Leaving Certificate Examination (including Day School Certificate (Higher) General paper), 1933
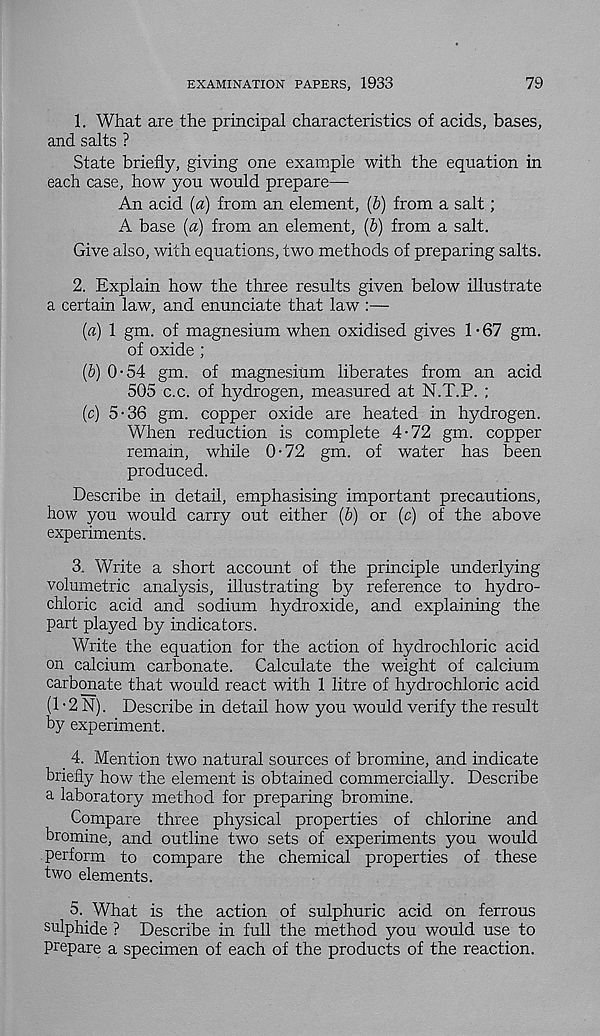
EXAMINATION PAPERS, 1933
79
1. What are the principal characteristics of acids, bases,
and salts ?
State briefly, giving one example with the equation in
each case, how you would prepare—
An acid (a) from an element, (6) from a salt;
A base (a) from an element, (b) from a salt.
Give also, with equations, two methods of preparing salts.
2. Explain how the three results given below illustrate
a certain law, and enunciate that law :—
(a) 1 gm. of magnesium when oxidised gives 1 • 67 gm.
of oxide ;
(b) 0-54 gm. of magnesium liberates from an acid
505 c.c. of hydrogen, measured at N.T.P. ;
(c) 5-36 gm. copper oxide are heated in hydrogen.
When reduction is complete 4-72 gm. copper
remain, while 0-72 gm. of water has been
produced.
Describe in detail, emphasising important precautions,
how you would carry out either (b) or (c) of the above
experiments.
3. Write a short account of the principle underlying
volumetric analysis, illustrating by reference to hydro-
chloric acid and sodium hydroxide, and explaining the
part played by indicators.
Write the equation for the action of hydrochloric acid
on calcium carbonate. Calculate the weight of calcium
carbonate that would react with 1 litre of hydrochloric acid
(1 -2 N). Describe in detail how you would verify the result
by experiment.
_ 4. Mention two natural sources of bromine, and indicate
briefly how the element is obtained commercially. Describe
a laboratory method for preparing bromine.
Compare three physical properties of chlorine and
bromine, and outline two sets of experiments you would
perform to compare the chemical properties of these
two elements.
5. What is the action of sulphuric acid on ferrous
sulphide ? Describe in full the method you would use to
prepare a specimen of each of the products of the reaction.